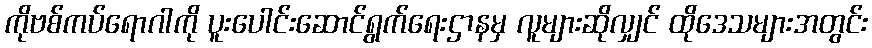
ကိုဗစ်ကပ်ရောဂါကို ပူးပေါင်းဆောင်ရွက်ရေးဌာနမှ လူများဆိုလျှင် ထိုဒေသများအတွင်း